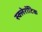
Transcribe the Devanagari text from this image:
स्क्लेरॉटिक